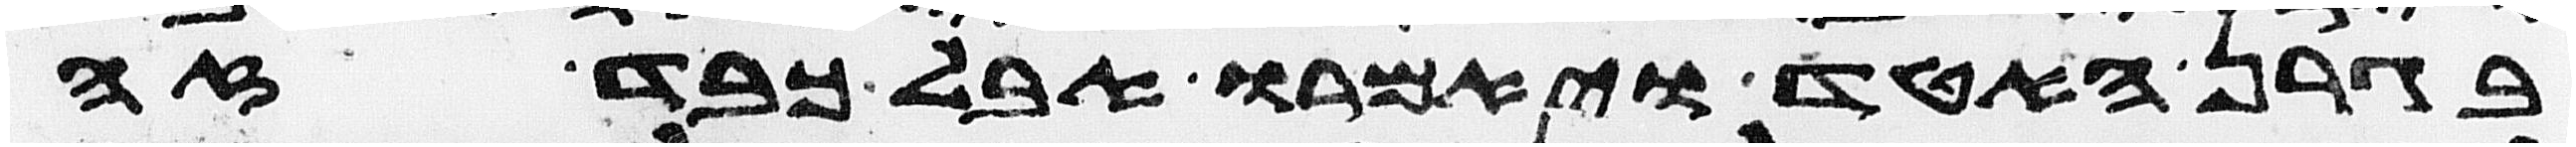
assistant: בגרן האטד ויאמרו אבל כבד זה